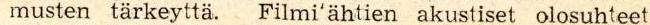
musten tärkeyttä. Filmi'ähtien akustiset olosuhteet